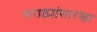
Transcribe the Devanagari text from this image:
मराठ्यांसारखा